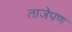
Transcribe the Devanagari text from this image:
ताजेपण